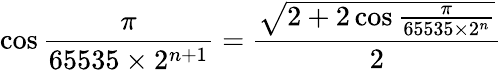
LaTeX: \cos{\frac{\pi}{65535\times 2^{n+1}}}={\frac{\sqrt{2+2\cos{\frac{\pi}{65535\times 2^{n}}}}}{2}}